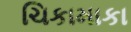
ચિકામાકા